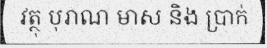
វត្ថុ បុរាណ មាស និង ប្រាក់